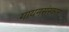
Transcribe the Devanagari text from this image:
गायनसंस्कार